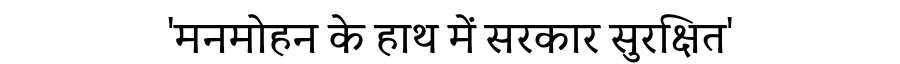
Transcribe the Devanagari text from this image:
'मनमोहन के हाथ में सरकार सुरक्षित'